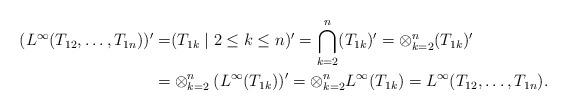
LaTeX: \begin{align*}(L^\infty(T_{12},\dots,T_{1n}))'=&(T_{1k}\mid 2\leq k\leq n)'=\bigcap_{k=2}^n(T_{1k})'=\otimes_{k=2}^n(T_{1k})'\\=&\otimes_{k=2}^n(L^\infty(T_{1k}))'=\otimes_{k=2}^nL^\infty(T_{1k})=L^\infty(T_{12},\dots,T_{1n}).\end{align*}